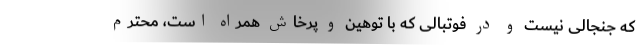
که جنجالی نیست و در فوتبالی که با توهین و پرخاش همراه است، محترم